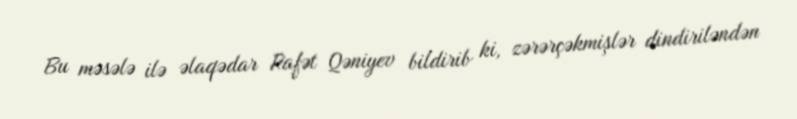
Bu məsələ ilə əlaqədar Rafət Qəniyev bildirib ki, zərərçəkmişlər dindiriləndən